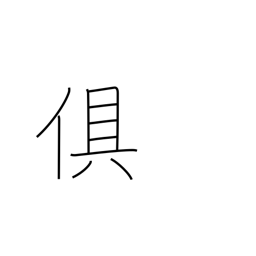
Meaning: accompany